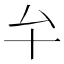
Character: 𠫘